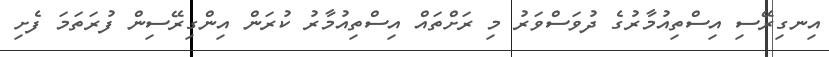
އިނގިރޭސި އިސްތިއުމާރުގެ ދުވަސްވަރު މި ރަށްތައް އިސްތިއުމާރު ކުރަން އިންގިރޭސިން ފުރަތަމަ ފެށި